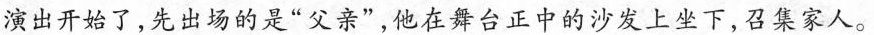
演出开始了，先出场的是”父亲”，他在舞台正中的沙发上坐下，召集家人。